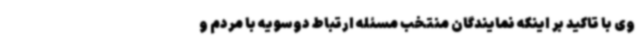
وی با تاکید بر اینکه نمایندگان منتخب مسئله ارتباط دوسویه با مردم و